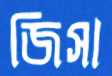
জিসা